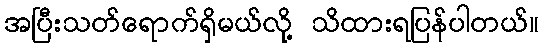
အပြီးသတ်ရောက်ရှိမယ်လို့ သိထားရပြန်ပါတယ်။